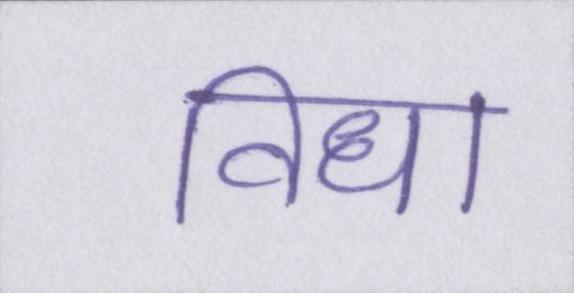
विधा